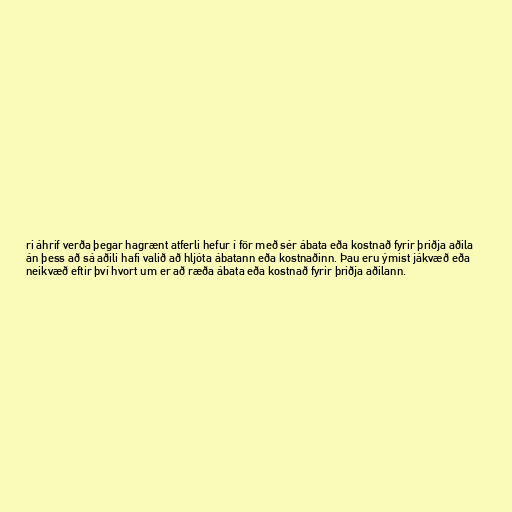
ri áhrif verða þegar hagrænt atferli hefur í för með sér ábata eða kostnað fyrir þriðja aðila
án þess að sá aðili hafi valið að hljóta ábatann eða kostnaðinn. Þau eru ýmist jákvæð eða
neikvæð eftir því hvort um er að ræða ábata eða kostnað fyrir þriðja aðilann.